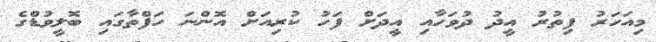
މިއަހަރު ފިތުރު އީދު ދުވަހާއި އީދަށް ފަހު ކުރިއަށް އޮންނަ ހަފްތާގައި ބޮލީވުޑްގެ